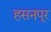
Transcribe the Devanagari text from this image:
हसनपूर